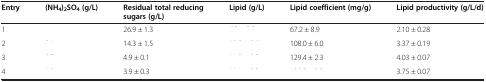
<table><thead><tr><td><b>Entry</b></td><td><b>(NH<sub>4</sub>)<sub>2</sub>SO<sub>4</sub>(g/L)</b></td><td><b>Residual total reducing sugars (g/L)</b></td><td><b>Lipid (g/L)</b></td><td><b>Lipid coefficient (mg/g)</b></td><td><b>Lipid productivity (g/L/d)</b></td></tr></thead><tbody><tr><td>1</td><td>[EMPTY_CELL]</td><td>26.9 ± 1.3</td><td>[EMPTY_CELL]</td><td>67.2 ± 8.9</td><td>2.10 ± 0.28</td></tr><tr><td>2</td><td>[EMPTY_CELL]</td><td>14.3 ± 1.5</td><td>[EMPTY_CELL]</td><td>108.0 ± 6.0</td><td>3.37 ± 0.19</td></tr><tr><td>3</td><td>[EMPTY_CELL]</td><td>4.9 ± 0.1</td><td>[EMPTY_CELL]</td><td>129.4 ± 2.3</td><td>4.03 ± 0.07</td></tr><tr><td>4</td><td>[EMPTY_CELL]</td><td>3.9 ± 0.3</td><td>[EMPTY_CELL]</td><td>[EMPTY_CELL]</td><td>3.75 ± 0.07</td></tr></tbody></table>